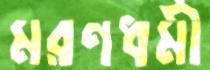
মরণধর্মী